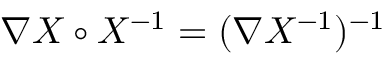
\nabla X \circ X ^ { - 1 } = ( \nabla X ^ { - 1 } ) ^ { - 1 }